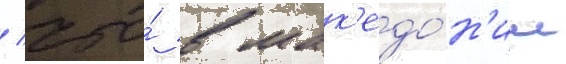
/ что́ в мак'едо́н'ии